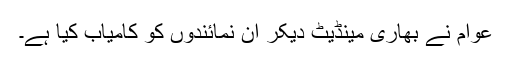
عوام نے بھاری مینڈیٹ دیکر ان نمائندوں کو کامیاب کیا ہے۔